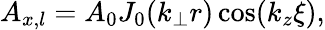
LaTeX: A_{x,l}=A_{0}J_{0}(k_{\perp}r)\cos(k_{z}\xi),